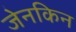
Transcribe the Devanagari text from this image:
जेनकिन